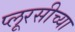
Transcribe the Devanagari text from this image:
प्लूरसीच्या